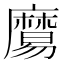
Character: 𪎧